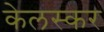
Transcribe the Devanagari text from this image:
केलस्कर